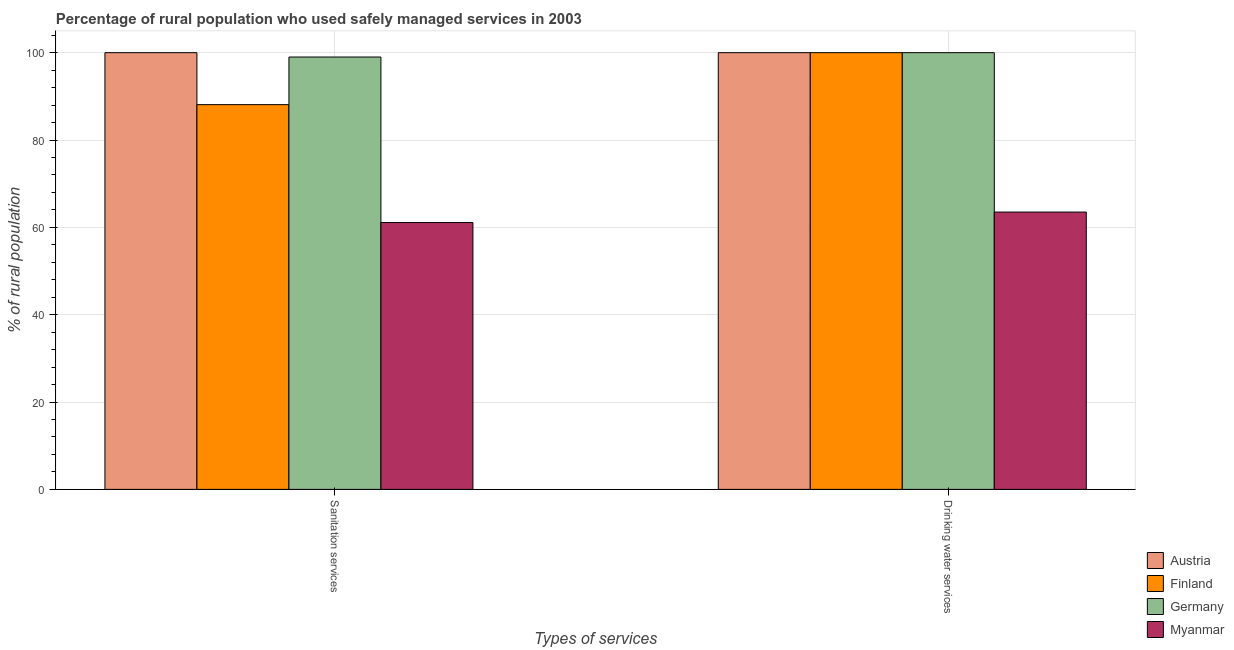
| Types of services | Austria | Finland | Germany | Myanmar |
 | --- | --- | --- | --- | --- |
 | Sanitation services | 100 | 88.1 | 99 | 61.1 |
 | Drinking water services | 100 | 100 | 100 | 63.5 |